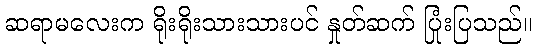
ဆရာမလေးက ရိုးရိုးသားသားပင် နှုတ်ဆက် ပြုံးပြသည်။